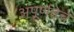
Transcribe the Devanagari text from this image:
अपूर्णतेचे